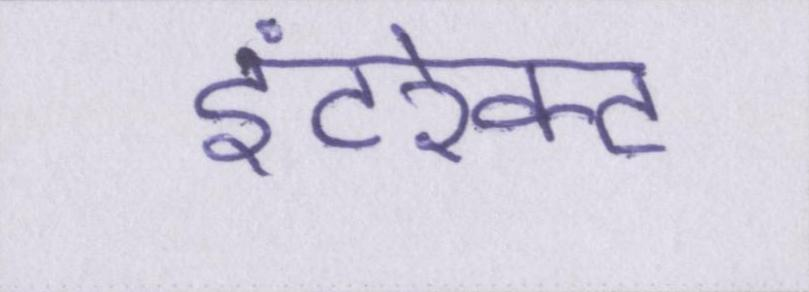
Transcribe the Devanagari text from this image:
इंटरेक्ट